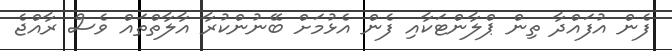
ފެން އުފައްދާ ތިން ޕްލާންޓަކާއި ފެން އެޅުމަށް ބޭނުންކުރާ އާލާތްތައް ވެސް ރާއްޖެ